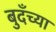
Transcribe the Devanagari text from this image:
बुदँच्या